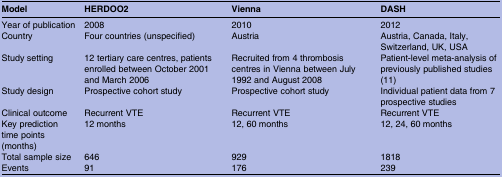
| Model | HERDOO2 | Vienna | DASH |
 | --- | --- | --- | --- |
 | Year of publication | 2008 | 2010 | 2012 |
 | Country | Four countries (unspecified) | Austria | Austria, Canada, Italy, Switzerland, UK, USA |
 | Study setting | 12 tertiary care centres, patients enrolled between October 2001 and March 2006 | Recruited from 4 thrombosis centres in Vienna between July 1992 and August 2008 | Patient-level meta-analysis of previously published studies (11) |
 | Study design | Prospective cohort study | Prospective cohort study | Individual patient data from 7 prospective studies |
 | Clinical outcome | Recurrent VTE | Recurrent VTE | Recurrent VTE |
 | Key prediction time points (months) | 12 months | 12, 60 months | 12, 24, 60 months |
 | Total sample size | 646 | 929 | 1818 |
 | Events | 91 | 176 | 239 |